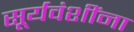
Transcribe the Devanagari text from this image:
सूर्यवंशींना